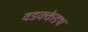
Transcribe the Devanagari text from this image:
वडक्केडथ